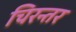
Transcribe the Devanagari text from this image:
चिरन्तर